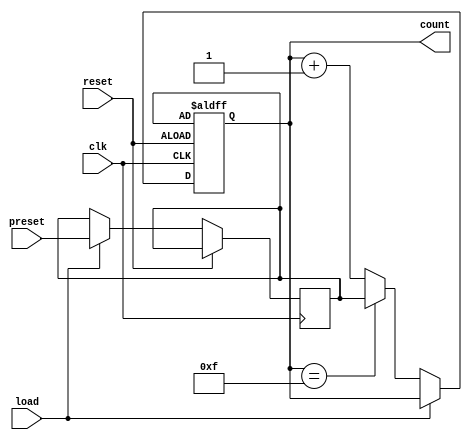
module presettable_counter #(
    parameter N = 4 // Bit-width of the counter (can be adjusted)
)(
    input wire clk,           // Clock signal
    input wire reset,         // Asynchronous reset signal
    input wire [N-1:0] preset, // Preset value input
    input wire load,          // Load signal to load preset value
    output reg [N-1:0] count  // Current count value output
);

    reg [N-1:0] preset_reg; // Register to hold the preset value

    // Asynchronous reset to preset value
    always @(posedge clk or posedge reset) begin
        if (reset) begin
            count <= preset_reg; // Reset to preset value
        end else if (load) begin
            preset_reg <= preset; // Load preset value into preset register
        end else begin
            if (count == (1 << N) - 1) begin
                count <= preset_reg; // Roll over to preset value
            end else begin
                count <= count + 1; // Increment the counter
            end
        end
    end

    // Initialize the counter and preset register
    initial begin
        count = 0; // Initial count value
        preset_reg = 0; // Initial preset value
    end

endmodule